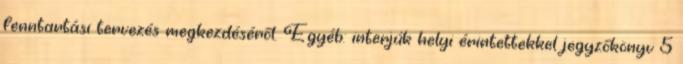
fenntartási tervezés megkezdéséről. Egyéb: interjúk helyi érintettekkel jegyzőkönyv 5